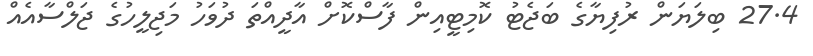
27.4 ބިލަޔަން ރުފިޔާގެ ބަޖެޓު ކޮމިޓީއިން ފާސްކޮށް އާދީއްތަ ދުވަހު މަޖިލީހުގެ ޖަލްސާއެއް